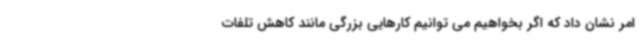
امر نشان داد که اگر بخواهیم می توانیم کارهایی بزرگی مانند کاهش تلفات